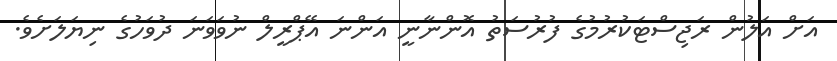
އަށް އަލުން ރަޖިސްޓަކުރުމުގެ ފުރުސަތު އޮންނާނީ އަންނަ އޭޕްރީލް ނުވަވަނަ ދުވަހުގެ ނިޔަލަށެވެ.